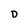
Character: D